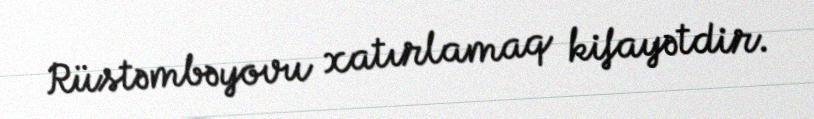
Rüstəmbəyovu xatırlamaq kifayətdir.